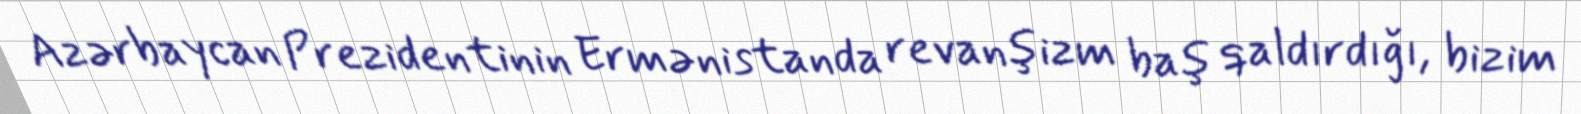
Azərbaycan Prezidentinin Ermənistanda revanşizm baş qaldırdığı, bizim